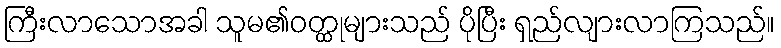
ကြီးလာသောအခါ သူမ၏ဝတ္ထုများသည် ပိုပြီး ရှည်လျားလာကြသည်။